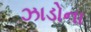
ઝાડોના